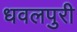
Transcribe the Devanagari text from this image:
धवलपुरी